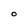
Character: O